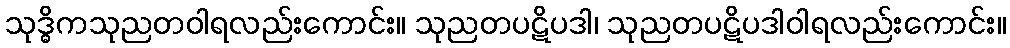
သုဒ္ဓိကသုညတဝါရလည်းကောင်း။ သုညတပဋိပဒါ၊ သုညတပဋိပဒါဝါရလည်းကောင်း။